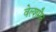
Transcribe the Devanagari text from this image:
वेल्शमैन